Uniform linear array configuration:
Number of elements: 12
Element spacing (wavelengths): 1
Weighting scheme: exponential
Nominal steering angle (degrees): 60
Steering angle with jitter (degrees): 60.704
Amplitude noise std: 0.05
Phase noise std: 0.05

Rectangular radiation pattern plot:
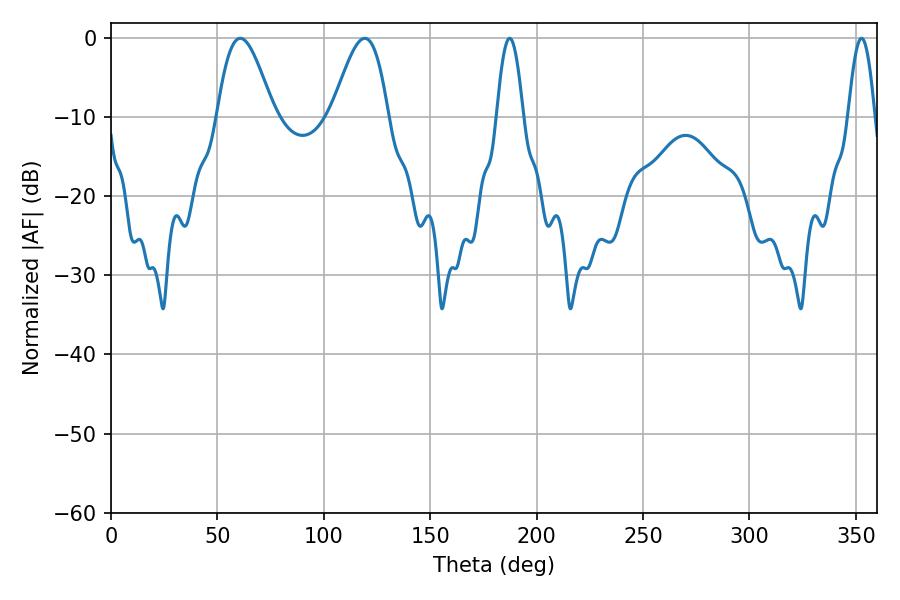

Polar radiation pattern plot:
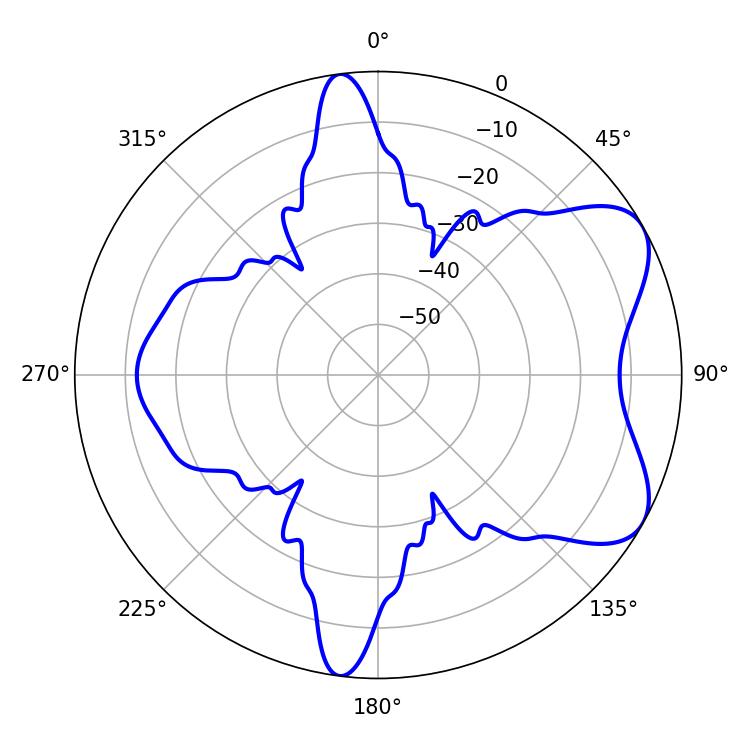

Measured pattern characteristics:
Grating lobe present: TRUE
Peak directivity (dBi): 6.518
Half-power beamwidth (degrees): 14.22
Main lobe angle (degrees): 60.66